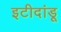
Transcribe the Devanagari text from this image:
इटीदांडू